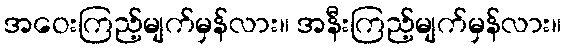
အဝေးကြည့်မျက်မှန်လား။ အနီးကြည့်မျက်မှန်လား။